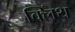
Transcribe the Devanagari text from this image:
क्लिंथ